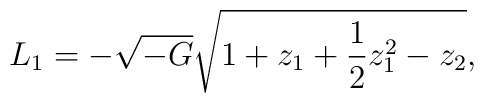
L_1 = - \sqrt{-G} \sqrt{1 + z_1 + {1\over 2} z_1^2 - z_2},